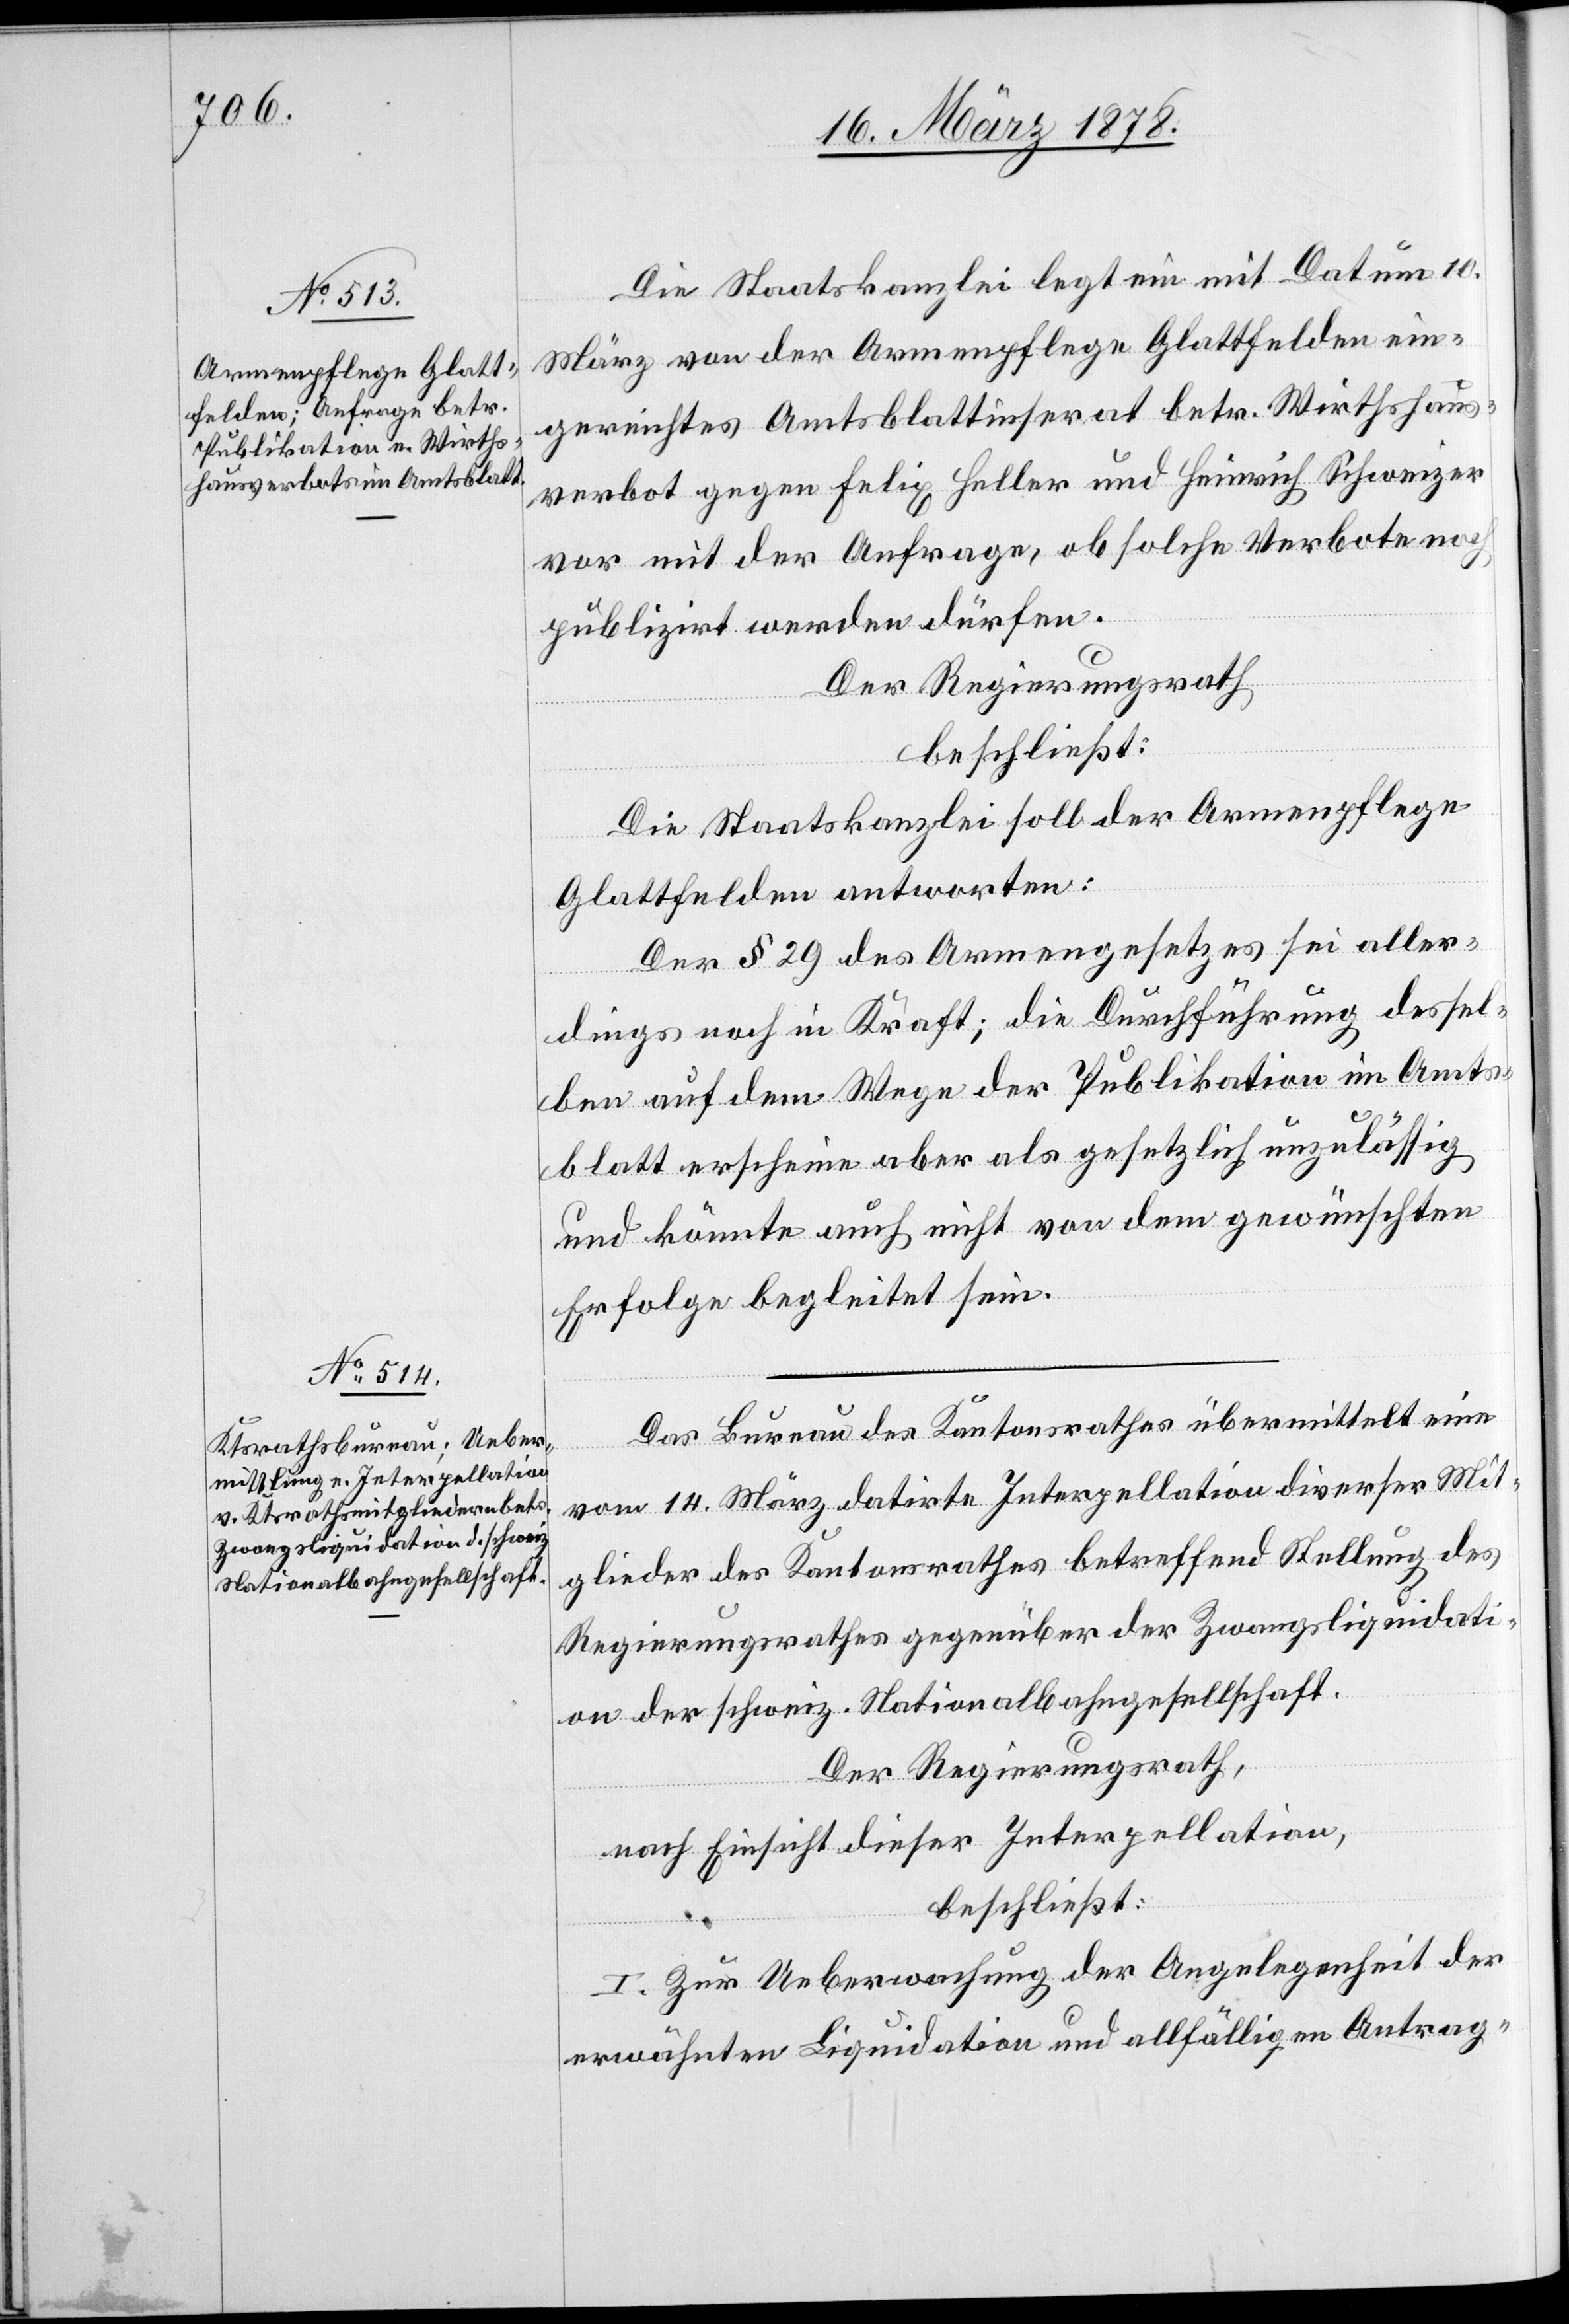
Die Staatskanzlei legt ein mit Datum 10.
März von der Armenpflege Glattfelden ein¬
gereichtes Amtsblattinserat betr. Wirthshaus¬
verbot gegen Felix Heller und Heinrich Schweizer
vor mit der Anfrage, ob solche Verbote noch
publizirt werden dürfen.
Der Regierungsrath
beschließt:
Die Staatskanzlei soll der Armenpflege
Glattfelden antworten:
Der § 29 des Armengesetzes sei aller¬
dings noch in Kraft; die Durchführung dessel¬
ben auf dem Wege der Publikation im Amts¬
blatt erscheine aber als gesetzlich unzulässig
und könnte auch nicht von dem gewünschten
Erfolge begleitet sein.
Das Bureau des Kantonsrathes übermittelt eine
vom 14. März datirte Interpellation diverser Mit¬
glieder des Kantonsrathes betreffend Stellung des
Regierungsrathes gegenüber der Zwangsliquidati¬
on der schweiz. Nationalbahngesellschaft.
Der Regierungsrath,
nach Einsicht dieser Interpellation,
beschließt:
I. Zur Ueberwachung der Angelegenheit der
erwähnten Liquidation und allfälligen Antrag-